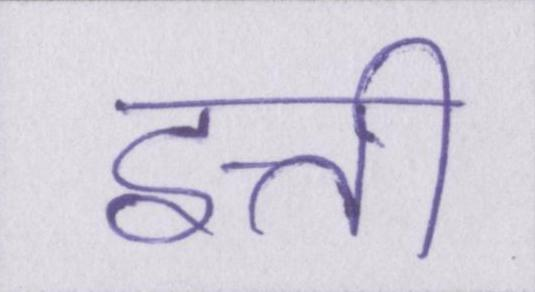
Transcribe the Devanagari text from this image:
इत्ती